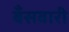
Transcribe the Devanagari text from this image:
बँसवारी